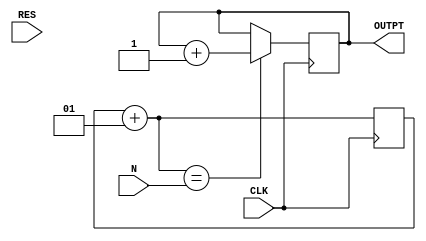
module counter(CLK, RES, N, OUTPT); //declaring input and output variables


input CLK, RES; // CLK and RES init
input [7:0]N; // Max of 255
output reg OUTPT = 0; // output init

integer C = 0;


always@ (posedge CLK)
begin
C = C + 1;
if (C == N)begin
	OUTPT = OUTPT + 32'd1;
end
end

endmodule // termination


////////_TB_/////////
module tb(); //main Testbench file



reg CLK = 0; // CLK Init
reg RES = 0; // RES Init
reg [7:0]N;
wire OUTPT; // Output Init

counter counter (CLK, RES, N, OUTPT); //connecting to the main file



always begin
	
	N = 32'd8;
	CLK =#50 ~CLK;
  RES = 0;
	
end
endmodule //termination